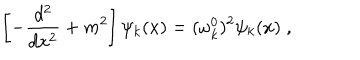
LaTeX: \left[ - \frac { d ^ { 2 } } { d x ^ { 2 } } + m ^ { 2 } \right] \psi _ { k } ( x ) = ( \omega _ { k } ^ { 0 } ) ^ { 2 } \psi _ { k } ( x ) \; ,